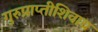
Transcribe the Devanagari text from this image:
गुरुप्राप्तीशिवाय